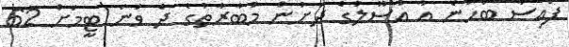
ފައިސާ ބަހާނެ އާ އުސޫލުގެ ދަށުން މުބާރާތުގެ ދެ ވަނަ ޓީމަށް 62